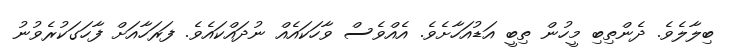
ބިލާލެވެ. ދެންތިބި މީހުން ތިބީ އަޑުއަހާށެވެ. އެއްވެސް ވާހަކައެއް ނުދައްކައެވެ. ފަރަހާއަށް ފާހަގަކުރެވުނު